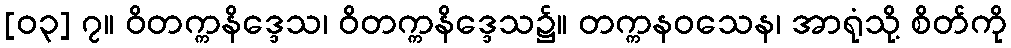
[၀၃] ၇။ ဝိတက္ကနိဒ္ဒေသ၊ ဝိတက္ကနိဒ္ဒေသ၌။ တက္ကနဝသေန၊ အာရုံသို့ စိတ်ကို